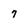
Character: 7